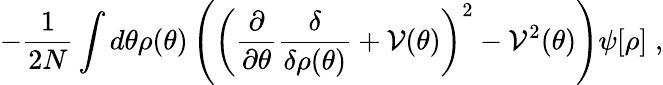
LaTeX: -\frac{1}{2N}\int d\theta\rho(\theta)\left(\left(\frac{\partial}{\partial\theta}\frac{\delta}{\delta\rho(\theta)}+{\cal V}(\theta)\right)^{2}-{\cal V}^{2}(\theta)\right)\psi[\rho]\; ,